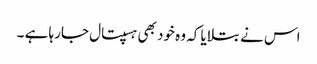
اس نے بتلایا کہ وہ خود بھی ہسپتال جارہا ہے ۔